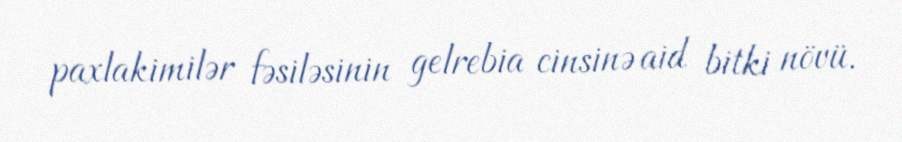
paxlakimilər fəsiləsinin gelrebia cinsinə aid bitki növü.